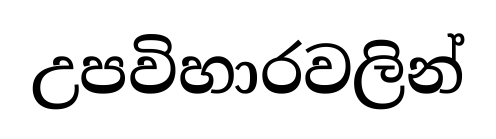
උපවිහාරවලින්